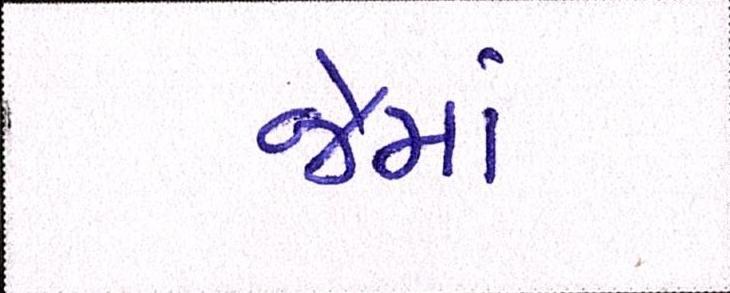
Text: જેમાં